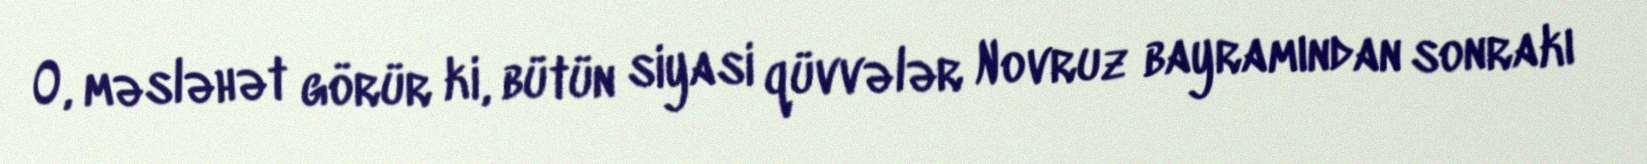
O, məsləhət görür ki, bütün siyasi qüvvələr Novruz bayramından sonrakı